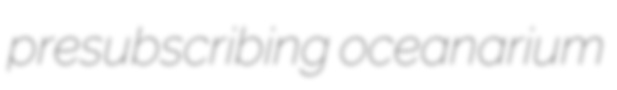
presubscribing oceanarium